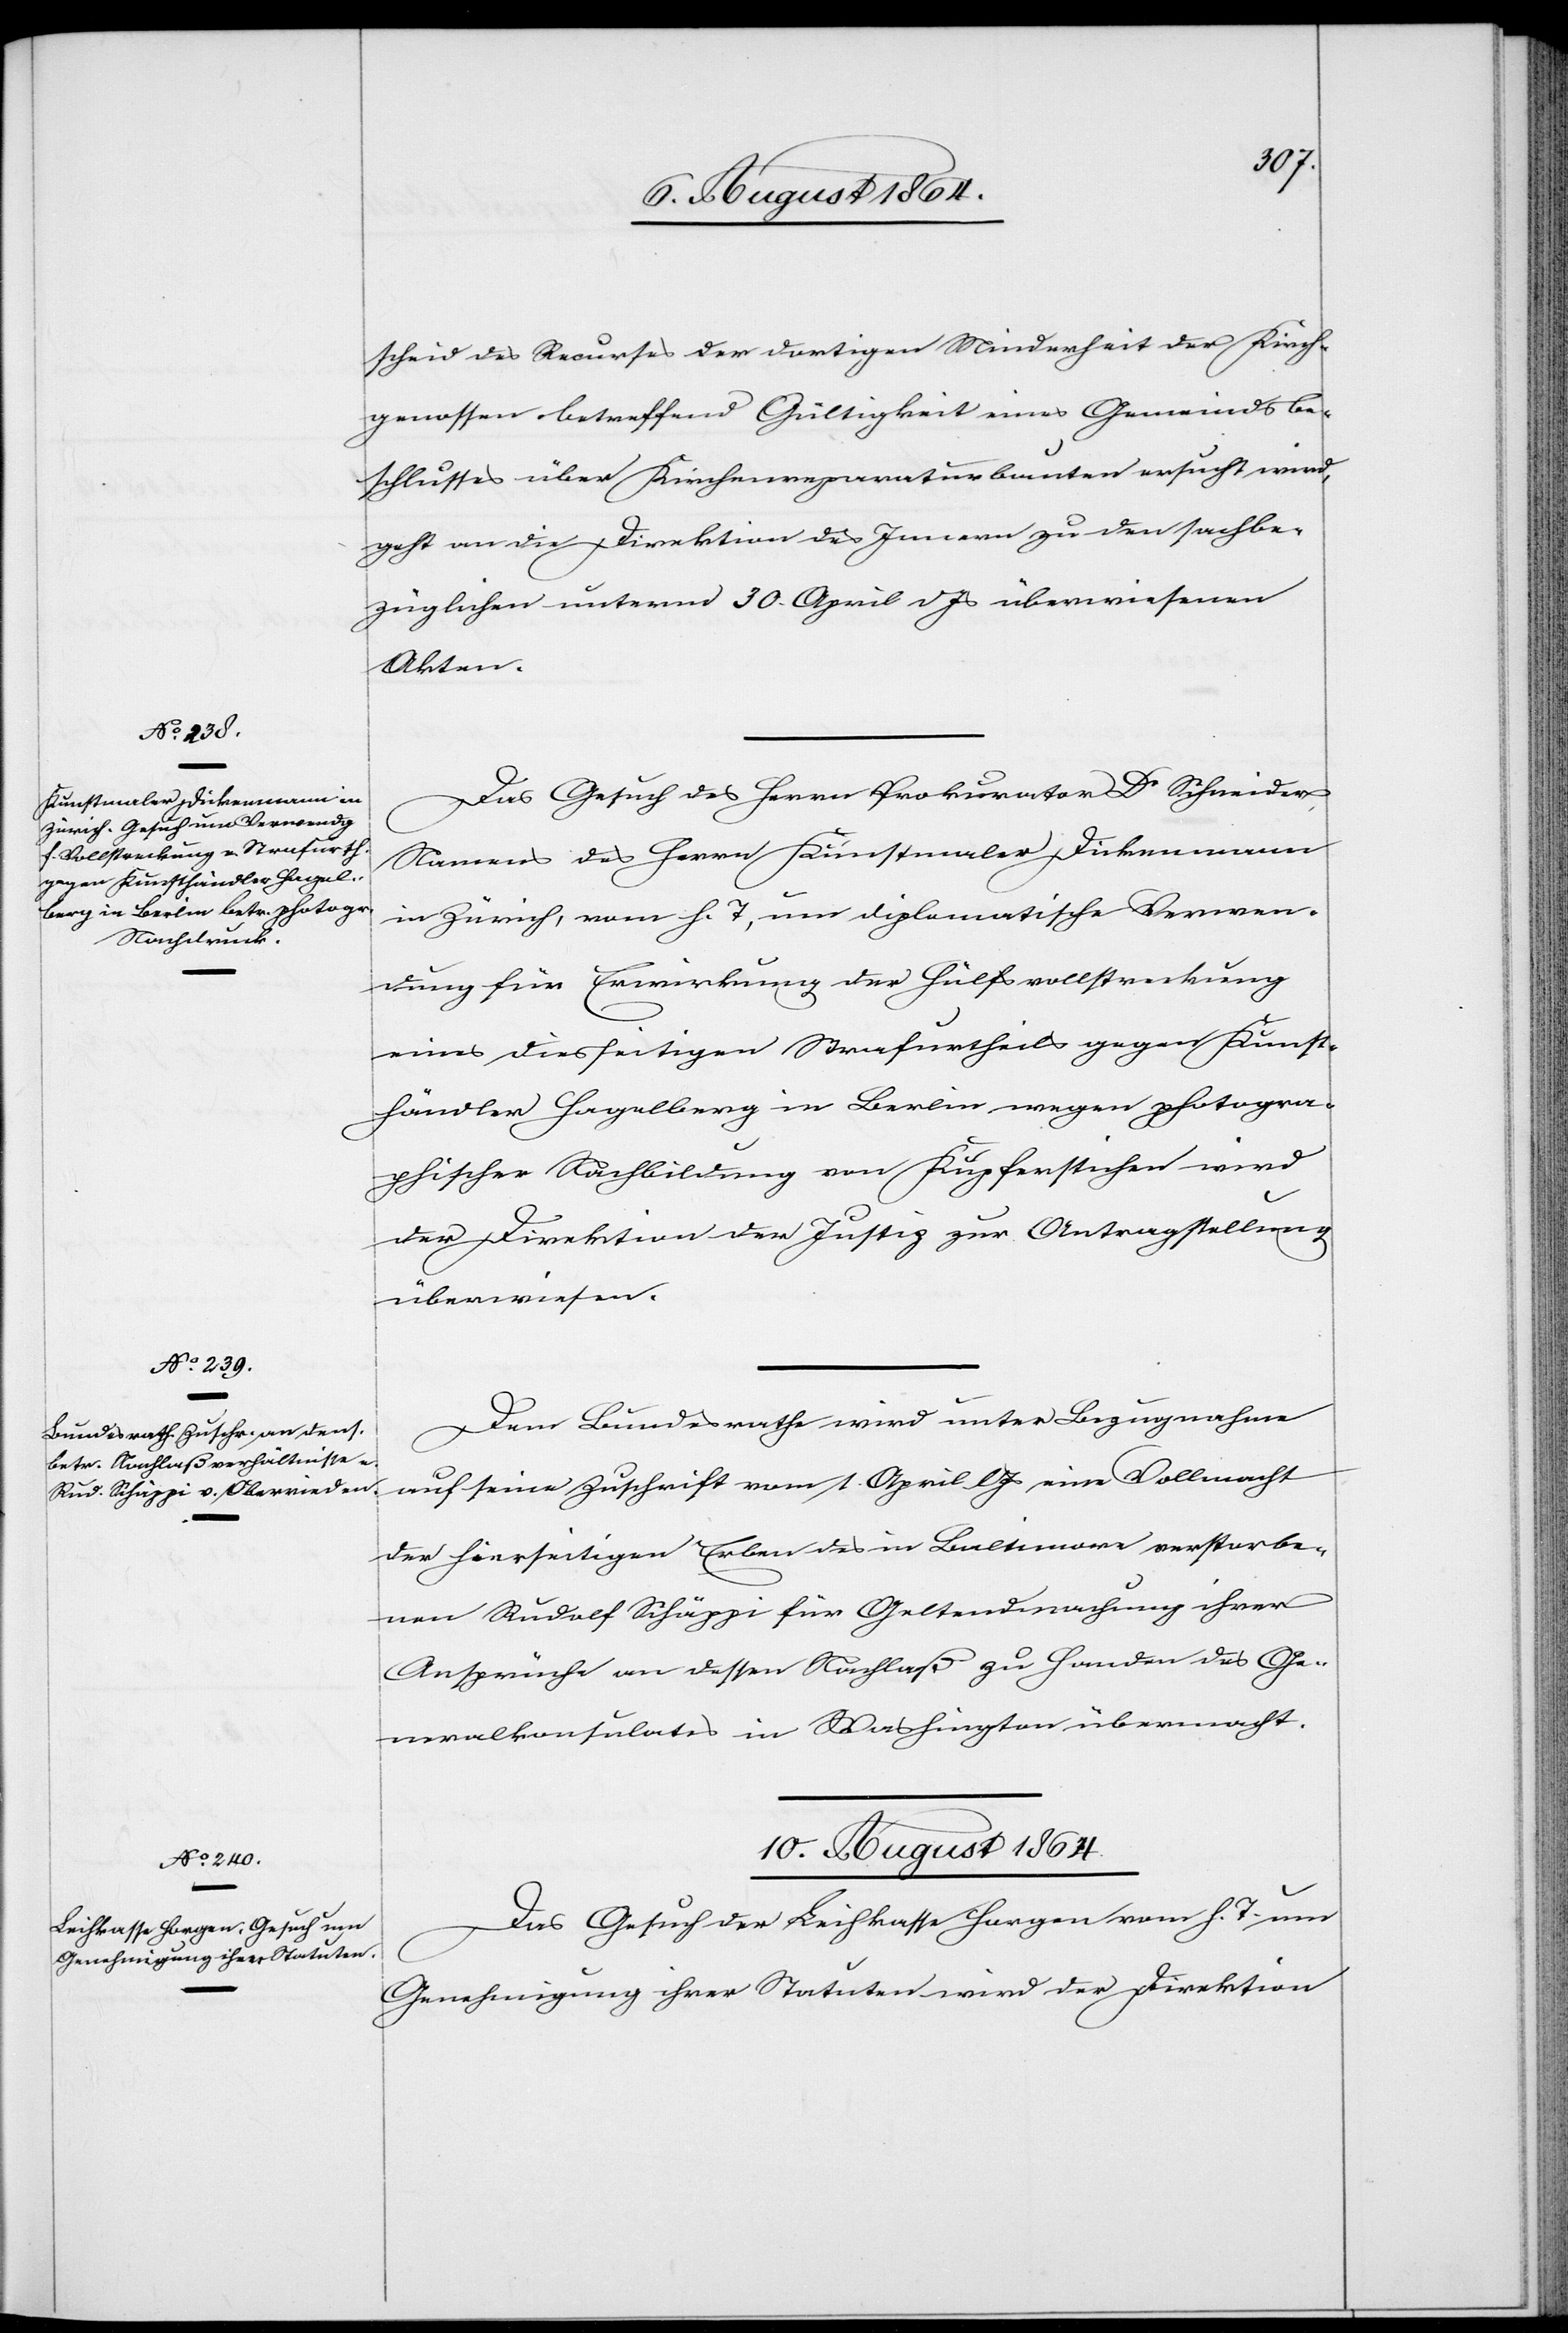
scheid des Recurses der dortigen Minderheit der Kirch¬
genossen betreffend Gültigkeit eines Gemeindsbe¬
schlusses über Kirchenreparaturbauten ersucht wird,
geht an die Direktion des Innern zu den sachbe¬
züglichen unterm 30. April l. Js. überwiesenen
Akten.
Das Gesuch des Herrn Prokurator Dr Schneider
Namens des Herrn Kunstmaler Dickenmann
in Zürich, vom h. T., um diplomatische Verwen¬
dung für Erwirkung der Hülfsvollstreckung
eines diesseitigen Strafurtheiles gegen Kunst¬
händler Hagelberg in Berlin wegen photogra¬
phischer Nachbildung von Kupferstichen wird
der Direktion der Justiz zur Antragstellung
überwiesen.
Dem Bundesrathe wird unter Bezugnahme
auf seine Zuschrift vom 1. April eine Vollmacht
der hierseitigen Erben des in Baltimore verstorbe¬
nen Rudolf Schäppi für Geltendmachung ihrer
Ansprüche an dessen Nachlaß zu Handen des Ge¬
neralkonsulates in Washington übermacht.
10. August 1864.
Das Gesuch der Leihkasse Horgen vom h. T. um
Genehmigung ihrer Statuten wird der Direktion